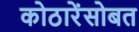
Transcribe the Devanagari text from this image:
कोठारेंसोबत